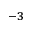
^ { - 3 }